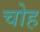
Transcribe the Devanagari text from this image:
चोह